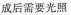
成后需要光照